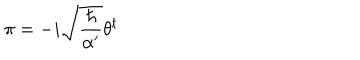
\pi = - i \sqrt { \frac { \hbar } { \alpha ^ { \prime } } } \theta ^ { t }